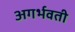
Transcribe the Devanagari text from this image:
अगर्भवती